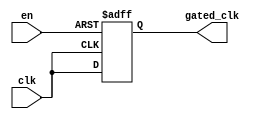
module clock_gating_buffer (
    input wire clk,        // Main clock signal
    input wire en,        // Enable signal for clock gating
    output wire gated_clk  // Gated clock output
);

// Internal signal for gated clock
reg gated_clk_reg;

// Clock gating logic
always @(posedge clk or negedge en) begin
    if (!en) begin
        gated_clk_reg <= 1'b0; // Hold gated clock low when enable is low
    end else begin
        gated_clk_reg <= clk;   // Pass through the clock when enable is high
    end
end

// Assign gated clock output
assign gated_clk = gated_clk_reg;

endmodule